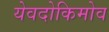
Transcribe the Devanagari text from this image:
येवदोकिमोव